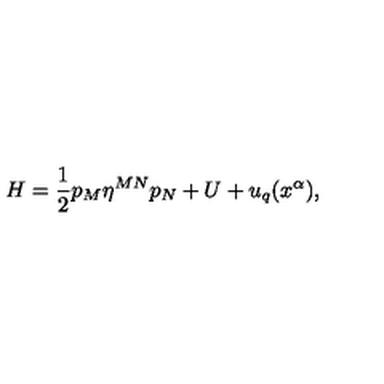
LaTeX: H = \frac { 1 } { 2 } p _ { M } \eta ^ { M N } p _ { N } + U + u _ { q } ( x ^ { \alpha } ) ,